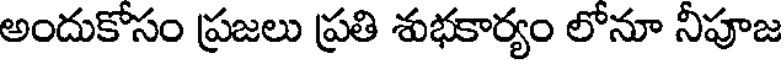
అందుకోసం ప్రజలు ప్రతి శుభకార్యం లోనూ నీపూజ